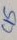
Text: C15